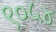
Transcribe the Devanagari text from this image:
९०५४